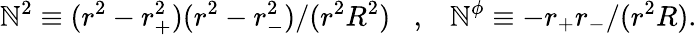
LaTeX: \mathbb{N}^{2}\equiv(r^{2}-r_{+}^{2})(r^{2}-r_{-}^{2})/(r^{2}R^{2})\; \; \; ,\; \; \; \mathbb{N}^{\phi}\equiv-r_{+}r_{-}/(r^{2}R).